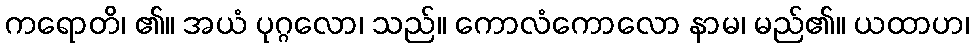
ကရောတိ၊ ၏။ အယံ ပုဂ္ဂလော၊ သည်။ ကောလံကောလော နာမ၊ မည်၏။ ယထာဟ၊